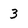
Character: 3